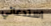
استدعائي